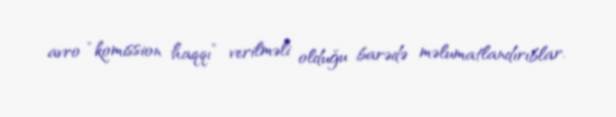
avro “komission haqqı” verilməli olduğu barədə məlumatlandırıblar.